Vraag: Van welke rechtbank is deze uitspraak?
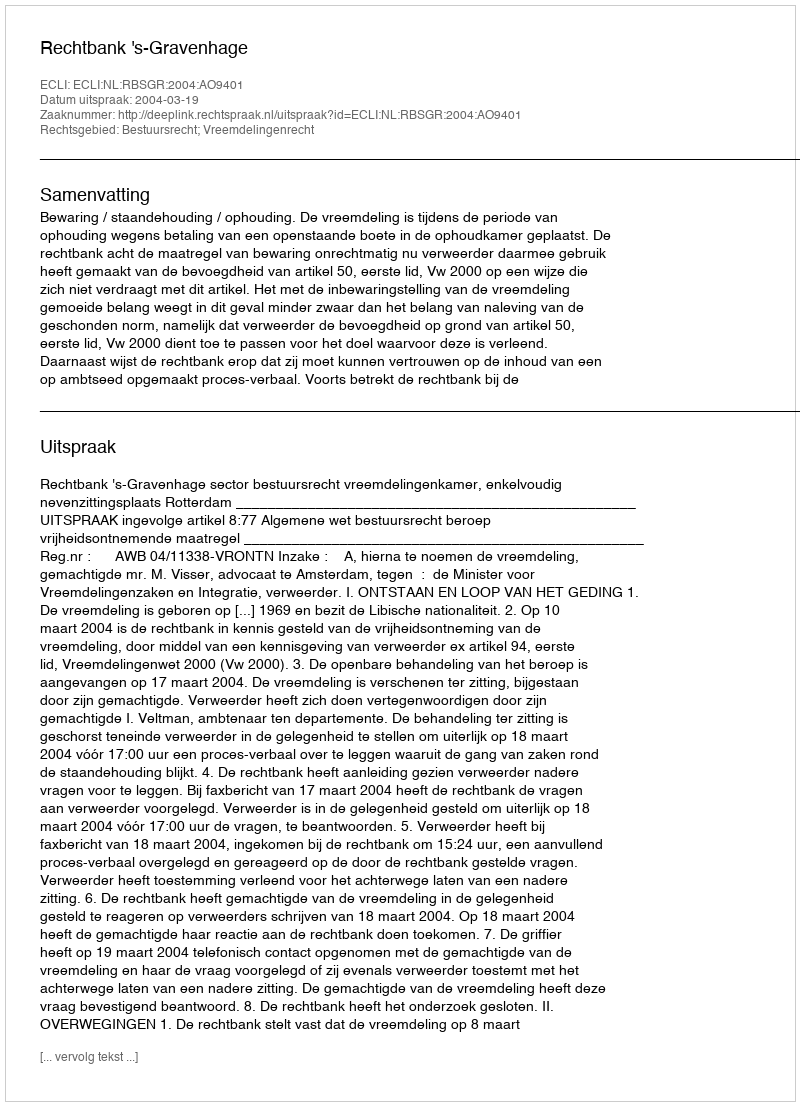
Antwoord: Rechtbank 's-Gravenhage